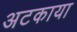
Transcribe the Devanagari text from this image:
अटकाया